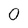
Character: 0